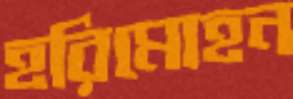
হরিমোহন